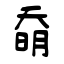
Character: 奣